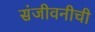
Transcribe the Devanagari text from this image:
संजीवनीची